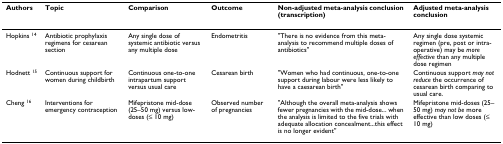
<table><thead><tr><td><b>Authors</b></td><td><b>Topic</b></td><td><b>Comparison</b></td><td><b>Outcome</b></td><td><b>Non-adjusted meta-analysis conclusion (transcription)</b></td><td><b>Adjusted meta-analysis conclusion</b></td></tr></thead><tbody><tr><td>Hopkins <sup>14</sup></td><td>Antibiotic prophylaxis regimens for cesarean section</td><td>Any single dose of systemic antibiotic versus any multiple dose</td><td>Endometritis</td><td>&quot;There is no evidence from this meta-analysis to recommend multiple doses of antibiotics&quot;</td><td>Any single dose systemic regimen (pre, post or intra-operative) may be <i>more effective </i>than any multiple dose regimen</td></tr><tr><td>Hodnett <sup>15</sup></td><td>Continuous support for women during childbirth</td><td>Continuous one-to-one intrapartum support versus usual care</td><td>Cesarean birth</td><td>&quot;Women who had continuous, one-to-one support during labour were less likely to have a caesarean birth&quot;</td><td>Continuous support <i>may not reduce </i>the occurrence of cesarean birth comparing to usual care.</td></tr><tr><td>Cheng <sup>16</sup></td><td>Interventions for emergency contraception</td><td>Mifepristone mid-dose (25–50 mg) versus low-doses (≤ 10 mg)</td><td>Observed number of pregnancies</td><td>&quot;Although the overall meta-analysis shows fewer pregnancies with the mid-dose... when the analysis is limited to the five trials with adequate allocation concealment...this effect is no longer evident&quot;</td><td>Mifepristone mid-doses (25–50 mg) <i>may not be </i>more effective than low doses (≤ 10 mg)</td></tr></tbody></table>